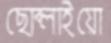
ছোব্‌লাইয়ো